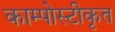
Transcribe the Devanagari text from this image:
काम्पोस्टीकृत